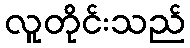
လူတိုင်းသည်